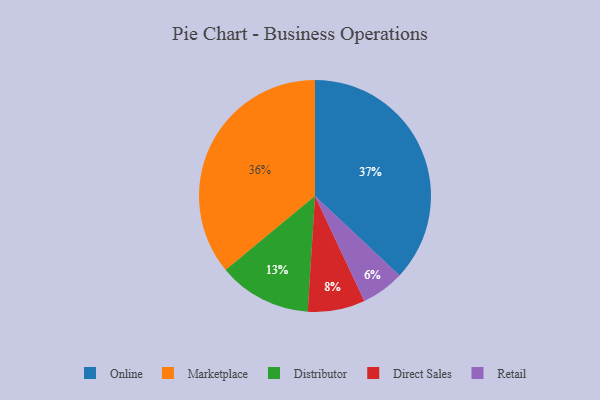
{"axis": {"x": "Category", "y": "Percentage"}, "legend": ["Direct Sales", "Distributor", "Marketplace", "Online", "Retail"], "data": [{"x": "Distributor", "y": 13, "type": "Distributor"}, {"x": "Direct Sales", "y": 8, "type": "Direct Sales"}, {"x": "Marketplace", "y": 36, "type": "Marketplace"}, {"x": "Online", "y": 37, "type": "Online"}, {"x": "Retail", "y": 6, "type": "Retail"}]}